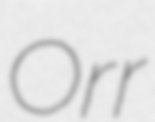
Orr